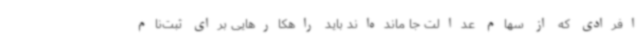
افرادی که از سهام عدالت جا مانده‌اند باید راهکارهایی برای ثبت‌نام